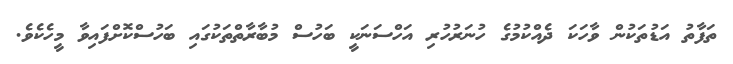
ތަފާތު އަޑުތަކުން ވާހަކަ ދެއްކުމުގެ ހުނަރުހުރި އަހްސަނަކީ ބަހުސް މުބާރާތްތަކުގައި ބަހުސްކޮށްފައިވާ މީހެކެވެ.